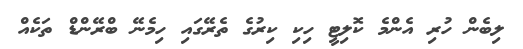
ލިބެން ހުރި އެންމެ ކޮލިޓީ ހިކި ކިރުގެ ތެރޭގައި ހިމެނޭ ބްރޭންޑް ތަކެއް